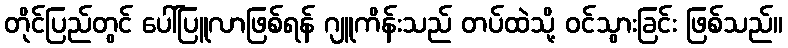
တိုင်ပြည်တွင် ပေါ်ပြူလာဖြစ်ရန် ဂျူကိန်းသည် တပ်ထဲသို့ ဝင်သွားခြင်း ဖြစ်သည်။